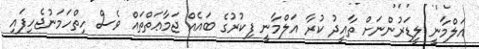
އަލްމާނީ ލީޑަރުންނަށް ތާއީދު ކުރާ އަލްމާނީ ފިކުރުގެ ބައެއް ޖަމާޢަތްތައް ވެސް ހިތްހަމަނުޖެހިފައި